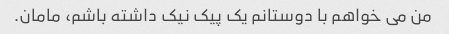
من می خواهم با دوستانم یک پیک نیک داشته باشم، مامان.